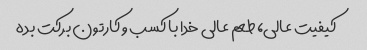
کیفیت عالی، طعم عالی خدا با کسب و کارتون برکت بده